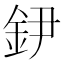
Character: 𨥠